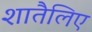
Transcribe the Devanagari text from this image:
शातैलिए